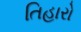
તિહારો